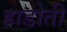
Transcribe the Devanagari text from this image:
हाडोती